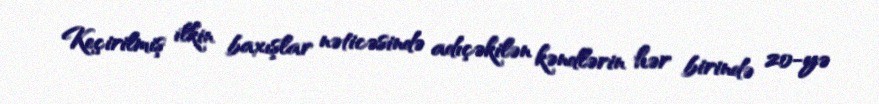
Keçirilmiş ilkin baxışlar nəticəsində adıçəkilən kəndlərin hər birində 20-yə